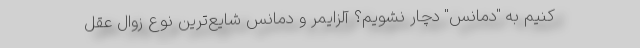
کنیم به "دمانس" دچار نشویم؟ آلزایمر و دمانس شایع‌ترین نوع زوال عقل